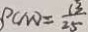
P C M O = \frac { 1 3 } { 2 5 }